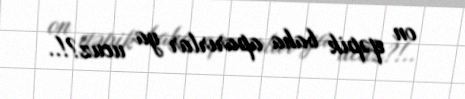
on qəpik baha aparırlar ya ucuz?!..